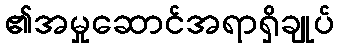
၏အမှုဆောင်အရာရှိချုပ်